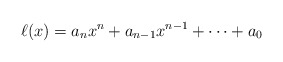
\begin{align*}\ell(x)=a_nx^n+a_{n-1}x^{n-1}+\cdots +a_0\end{align*}